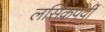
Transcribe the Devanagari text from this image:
लसिकपर्वी